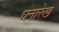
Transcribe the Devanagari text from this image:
घनारेख